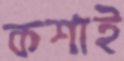
কশাই